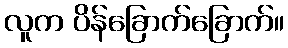
လူက ပိန်ခြောက်ခြောက်။